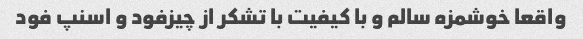
واقعا خوشمزه سالم و با کیفیت با تشکر از چیزفود و اسنپ فود